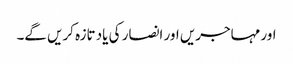
اور مہاجریں اور انصار کی یاد تازہ کریں گے۔